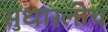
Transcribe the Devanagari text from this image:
सुधारलीच